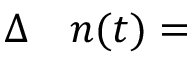
\begin{array} { r l } { \Delta } & { { } n ( t ) = } \end{array}